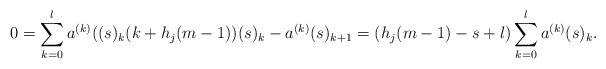
\begin{align*}0=\sum_{k=0}^{l}a^{(k)}((s)_k(k+h_j(m-1))(s)_k-a^{(k)}(s)_{k+1}=(h_j(m-1)-s+l)\sum_{k=0}^{l}a^{(k)}(s)_k.\end{align*}